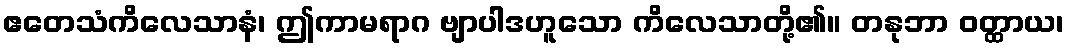
ဧတေသံကိလေသာနံ၊ ဤကာမရာဂ ဗျာပါဒဟူသော ကိလေသာတို့၏။ တနုဘာ ဝတ္ထာယ၊